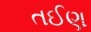
તઈણ